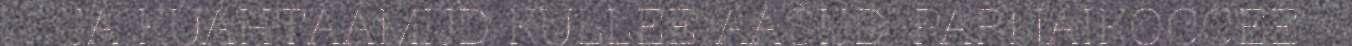
JÁ KUÁHTÁÁMIJD KULLEE AAŠIJD. PÁRNÁIKOCCEE